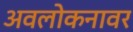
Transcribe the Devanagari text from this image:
अवलोकनावर